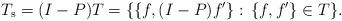
LaTeX: \begin{align*} T_{\rm s}=(I-P)T=\{\{f, (I-P)f'\} :\, \{f,f'\} \in T\}.\end{align*}